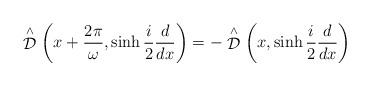
LaTeX: \begin{align*} \stackrel {\wedge}{\cal D} \left( x+ \frac{2 \pi}{\omega},\sinh\frac{i}{2}\frac{d}{dx} \right) =- \stackrel{\wedge}{\cal D} \left( x,\sinh\frac{i}{2}\frac{d}{dx} \right)\end{align*}